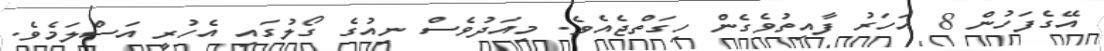
އޭގެފަހުން 8 އަހަރު ފާއިތުވެގެން ހިގަތްޖެއެވެ. މިއަދުވެސް ނިއުގެ ގޯލުގައި އެހުރީ އަސްލަމެވެ.